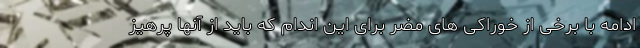
ادامه با برخی از خوراکی های مضر برای این اندام که باید از آنها پرهیز